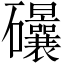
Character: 𥘀